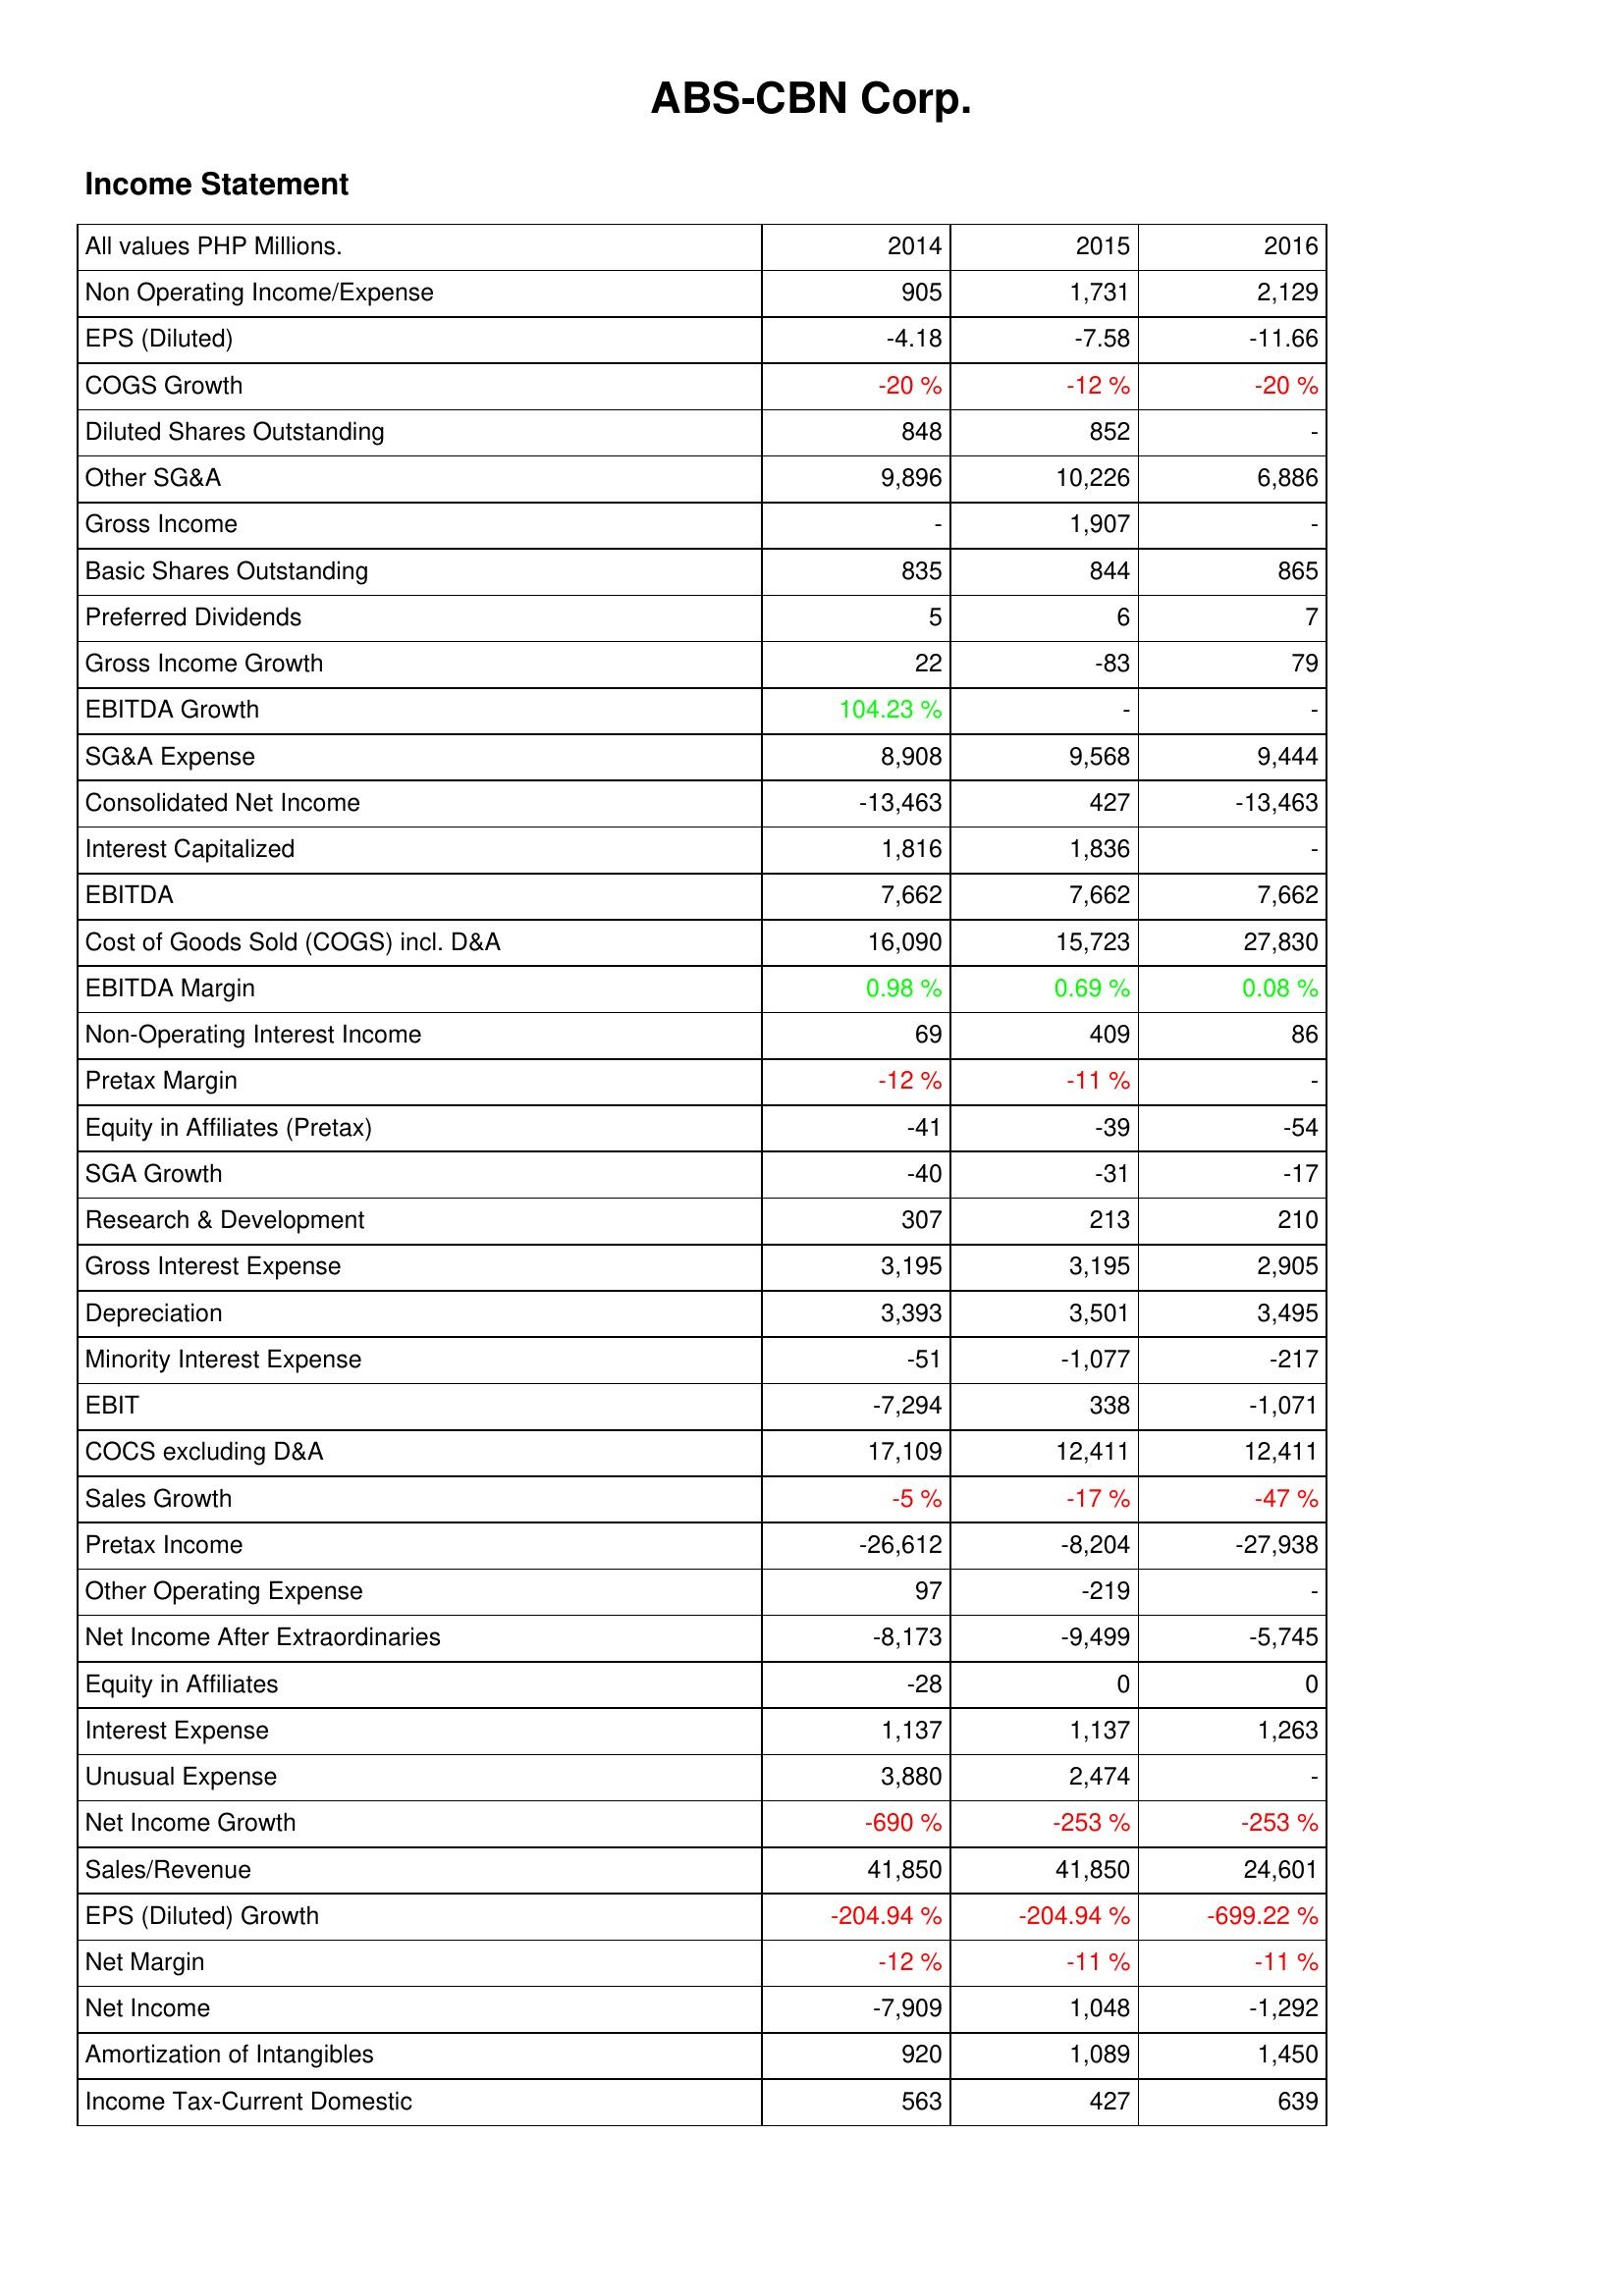
2014: Income Statement: Non Operating Income/Expense: 905
EPS (Diluted): -4.18
COGS Growth: -20 %
Diluted Shares Outstanding: 848
Other SG&A: 9,896
Gross Income: -
Basic Shares Outstanding: 835
Preferred Dividends: 5
Gross Income Growth: 22
EBITDA Growth: 104.23 %
SG&A Expense: 8,908
Consolidated Net Income: -13,463
Interest Capitalized: 1,816
EBITDA: 7,662
Cost of Goods Sold (COGS) incl. D&A: 16,090
EBITDA Margin: 0.98 %
Non-Operating Interest Income: 69
Pretax Margin: -12 %
Equity in Affiliates (Pretax): -41
SGA Growth: -40
Research & Development: 307
Gross Interest Expense: 3,195
Depreciation: 3,393
Minority Interest Expense: -51
EBIT: -7,294
COCS excluding D&A: 17,109
Sales Growth: -5 %
Pretax Income: -26,612
Other Operating Expense: 97
Net Income After Extraordinaries: -8,173
Equity in Affiliates: -28
Interest Expense: 1,137
Unusual Expense: 3,880
Net Income Growth: -690 %
Sales/Revenue: 41,850
EPS (Diluted) Growth: -204.94 %
Net Margin: -12 %
Net Income: -7,909
Amortization of Intangibles: 920
Income Tax-Current Domestic: 563
2015: Income Statement: Non Operating Income/Expense: 1,731
EPS (Diluted): -7.58
COGS Growth: -12 %
Diluted Shares Outstanding: 852
Other SG&A: 10,226
Gross Income: 1,907
Basic Shares Outstanding: 844
Preferred Dividends: 6
Gross Income Growth: -83
EBITDA Growth: -
SG&A Expense: 9,568
Consolidated Net Income: 427
Interest Capitalized: 1,836
EBITDA: 7,662
Cost of Goods Sold (COGS) incl. D&A: 15,723
EBITDA Margin: 0.69 %
Non-Operating Interest Income: 409
Pretax Margin: -11 %
Equity in Affiliates (Pretax): -39
SGA Growth: -31
Research & Development: 213
Gross Interest Expense: 3,195
Depreciation: 3,501
Minority Interest Expense: -1,077
EBIT: 338
COCS excluding D&A: 12,411
Sales Growth: -17 %
Pretax Income: -8,204
Other Operating Expense: -219
Net Income After Extraordinaries: -9,499
Equity in Affiliates: 0
Interest Expense: 1,137
Unusual Expense: 2,474
Net Income Growth: -253 %
Sales/Revenue: 41,850
EPS (Diluted) Growth: -204.94 %
Net Margin: -11 %
Net Income: 1,048
Amortization of Intangibles: 1,089
Income Tax-Current Domestic: 427
2016: Income Statement: Non Operating Income/Expense: 2,129
EPS (Diluted): -11.66
COGS Growth: -20 %
Diluted Shares Outstanding: -
Other SG&A: 6,886
Gross Income: -
Basic Shares Outstanding: 865
Preferred Dividends: 7
Gross Income Growth: 79
EBITDA Growth: -
SG&A Expense: 9,444
Consolidated Net Income: -13,463
Interest Capitalized: -
EBITDA: 7,662
Cost of Goods Sold (COGS) incl. D&A: 27,830
EBITDA Margin: 0.08 %
Non-Operating Interest Income: 86
Pretax Margin: -
Equity in Affiliates (Pretax): -54
SGA Growth: -17
Research & Development: 210
Gross Interest Expense: 2,905
Depreciation: 3,495
Minority Interest Expense: -217
EBIT: -1,071
COCS excluding D&A: 12,411
Sales Growth: -47 %
Pretax Income: -27,938
Other Operating Expense: -
Net Income After Extraordinaries: -5,745
Equity in Affiliates: 0
Interest Expense: 1,263
Unusual Expense: -
Net Income Growth: -253 %
Sales/Revenue: 24,601
EPS (Diluted) Growth: -699.22 %
Net Margin: -11 %
Net Income: -1,292
Amortization of Intangibles: 1,450
Income Tax-Current Domestic: 639